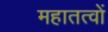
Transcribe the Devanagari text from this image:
महातत्वों